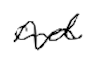
Text: and
Cross-out: mix
Writing tool: digital_black